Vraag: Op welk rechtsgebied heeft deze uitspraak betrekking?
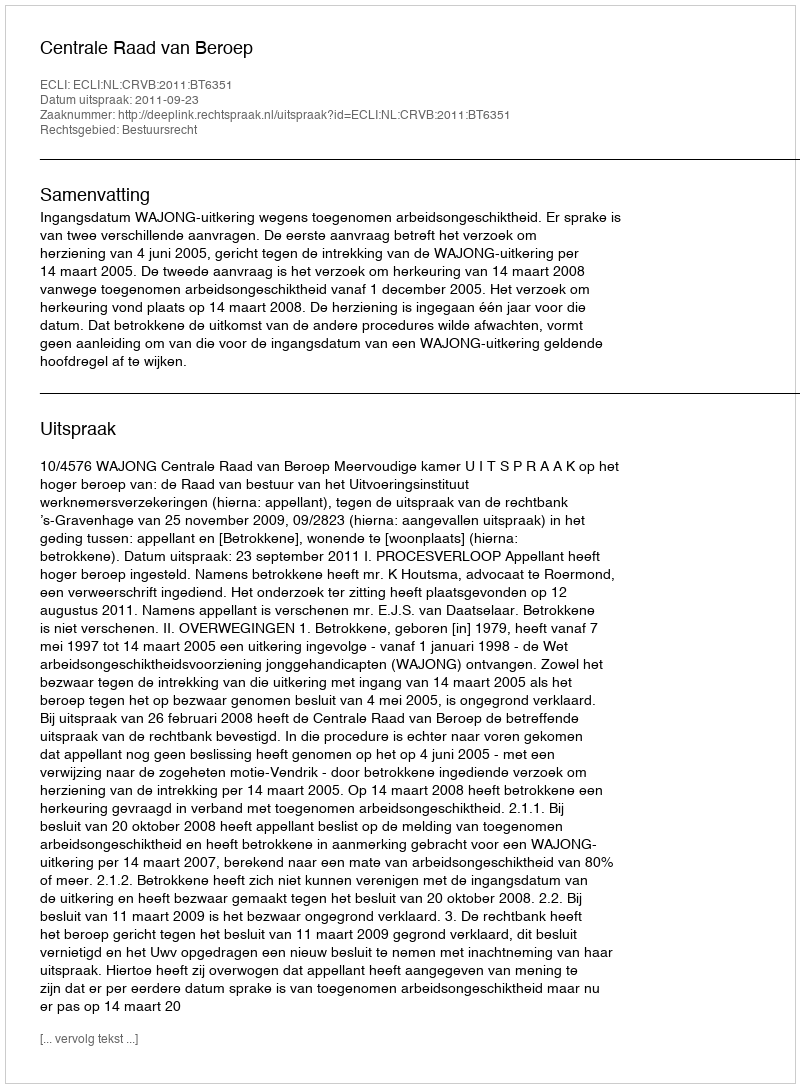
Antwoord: Bestuursrecht